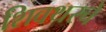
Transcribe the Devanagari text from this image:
शिवथरचे